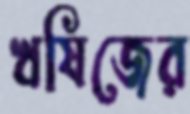
ঋষিজের